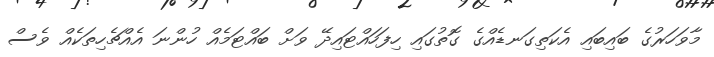
މާވަހަރުގެ ބައިބައި އެކަތިގަނޑެއްގެ ގޮތުގައި ހިފަހައްޓައިދޭ ވަށް ބައްޓަމެއް ހުންނަ އެއްޗެހިތަކެއް ވެސް